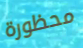
محظورة